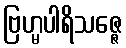
ဗြဟ္မပါရိသဇ္ဇေ